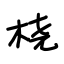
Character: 桡